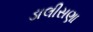
ડાલીસણા